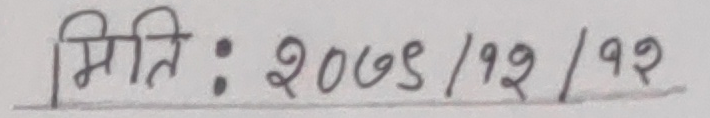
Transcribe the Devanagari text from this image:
मिति : २०७८/१२/१२